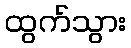
ထွက်သွား